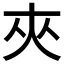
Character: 夾